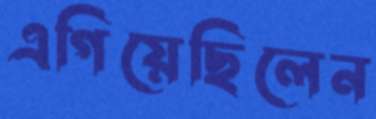
এগিয়েছিলেন